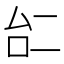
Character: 𠄩